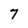
Character: 7